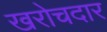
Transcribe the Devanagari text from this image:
खरोचदार